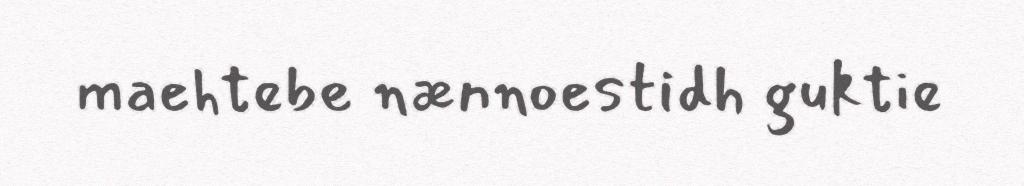
maehtebe nænnoestidh guktie